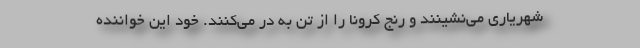
شهریاری می‌نشینند و رنج کرونا را از تن به در می‌کنند. خود این خواننده